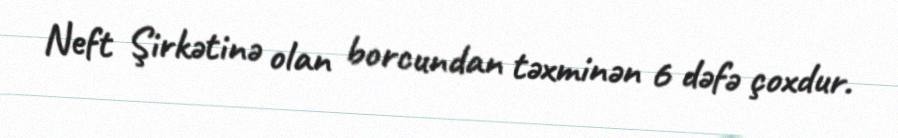
Neft Şirkətinə olan borcundan təxminən 6 dəfə çoxdur.